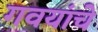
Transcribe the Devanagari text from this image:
गवयांचे